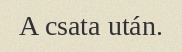
A csata után.